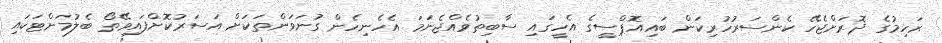
ރަހިމުގެ ދޮރަށްޖެހޭ ކެންސަރުހުރިކަން ބައިއޮޕްސީގެ އެހީގައި ސާބިތުވެއްޖެނަމަ އެހެނިހެން ގުނަވަންތަކަށް އަސަރުކޮށްފައިވޭތޯ ބެލުމަށްޓަކައި